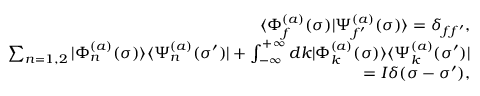
\begin{array} { r l r } & { } & { \langle \Phi _ { f } ^ { ( a ) } ( \sigma ) | \Psi _ { f ^ { \prime } } ^ { ( a ) } ( \sigma ) \rangle = \delta _ { f f ^ { \prime } } , } \\ & { } & { \sum _ { n = 1 , 2 } | \Phi _ { n } ^ { ( a ) } ( \sigma ) \rangle \langle \Psi _ { n } ^ { ( a ) } ( \sigma ^ { \prime } ) | + \int _ { - \infty } ^ { + \infty } d k | \Phi _ { k } ^ { ( a ) } ( \sigma ) \rangle \langle \Psi _ { k } ^ { ( a ) } ( \sigma ^ { \prime } ) | } \\ & { } & { = I \delta ( \sigma - \sigma ^ { \prime } ) , } \end{array}